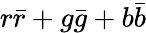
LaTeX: r\bar{r}+g\bar{g}+b\bar{b}